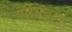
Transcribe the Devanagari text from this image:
परिसंचरन